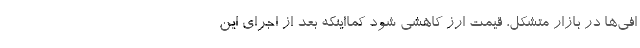
افی‌ها در بازار متشکل، قیمت ارز کاهشی شود کمااینکه بعد از اجرای این